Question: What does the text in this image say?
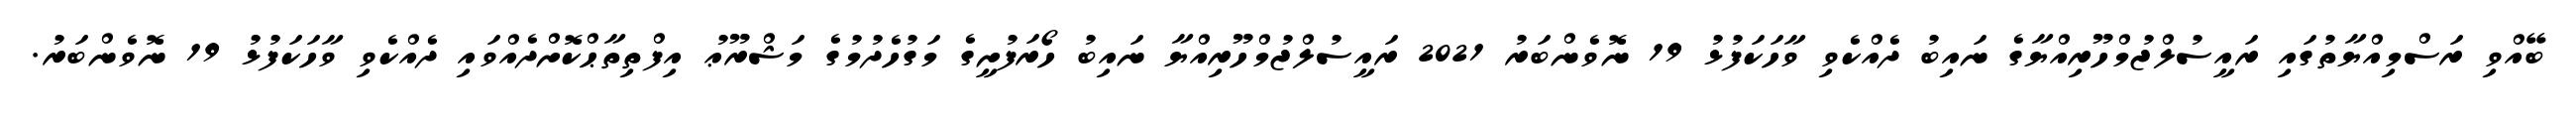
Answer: ބޭއްވި ރަސްމިއްޔާތުގައި ރައީސުލްޖުމްހޫރިއްޔާގެ ނައިބު ދެއްކެވި ވާހަކަފުޅު 19 ނޮވެންބަރު 2021 ރައީސުލްޖުމްހޫރިއްޔާ ނައިބު ހޯރަފުށީގެ މަގުހެދުމުގެ މަޝްރޫޢު އިފްތިތާޙްކޮށްދެއްވައި ދެއްކެވި ވާހަކަފުޅު 19 ނޮވެންބަރު.